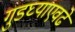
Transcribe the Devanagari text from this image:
गुडघ्याएवढे